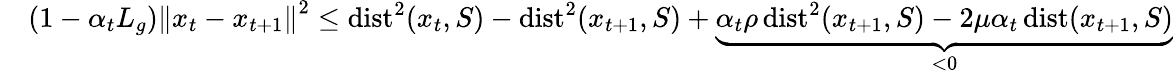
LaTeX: \begin{array}{rl}&{\left(1-\alpha_{t}L_{g}\right)\left\Vert x_{t}-x_{t+1}\right\Vert^{2}\leq\operatorname{dist}^{2}(x_{t},S)-\operatorname{dist}^{2}(x_{t+1},S)+\underbrace{\alpha_{t}\rho\operatorname{dist}^{2}(x_{t+1},S)-2\mu\alpha_{t}\operatorname{dist}(x_{t+1},S)}_{<0}}\end{array}